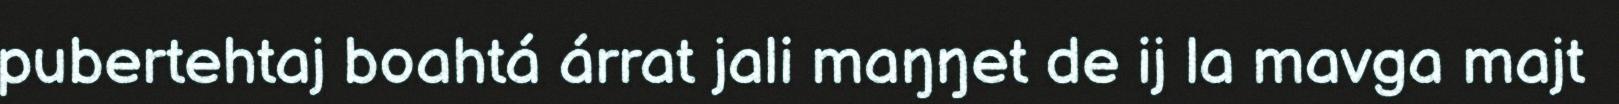
pubertehtaj boahtá árrat jali maŋŋet de ij la mavga majt